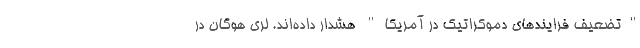
"تضعیف فرایندهای دموکراتیک در آمریکا" هشدار داده‌اند. لری هوگان در